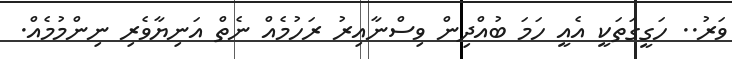
ވަރު.. ހަގީގަތަކީ އެއީ ހަމަ ބުއްދިން ވިސްނާއިރު ރަހުމެއް ނެތް އަނިޔާވެރި ނިންމުމެއް.